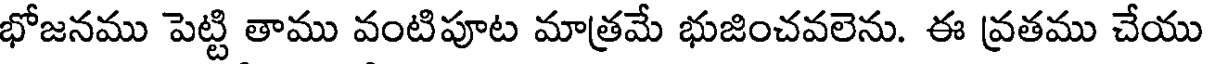
భోజనము పెట్టి తాము వంటిపూట మాత్రమే భుజించవలెను. ఈ వ్రతము చేయు